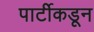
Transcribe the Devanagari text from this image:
पार्टीकडून